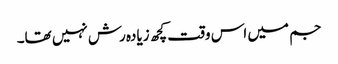
جم میں اس وقت کچھ زیادہ رش نہیں تھا۔